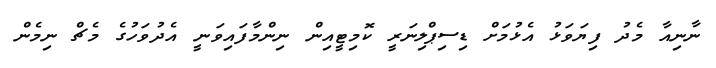
ނާނިއާ މެދު ފިޔަވަޅު އެޅުމަށް ޑިސިޕްލިނަރީ ކޮމިޓީއިން ނިންމާފައިވަނީ އެދުވަހުގެ މެޗް ނިމެން